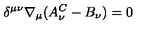
\delta ^ { \mu \nu } \nabla _ { \mu } ( A _ { \nu } ^ { C } - B _ { \nu } ) = 0